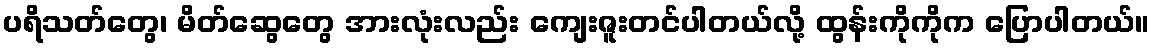
ပရိသတ်တွေ၊ မိတ်ဆွေတွေ အားလုံးလည်း ကျေးဇူးတင်ပါတယ်လို့ ထွန်းကိုကိုက ပြောပါတယ်။